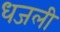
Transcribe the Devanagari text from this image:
धजली